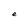
Character: e